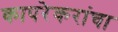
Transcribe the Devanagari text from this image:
कापरेकरांचा